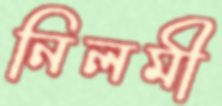
নিলমী